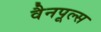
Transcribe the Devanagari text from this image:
वैनपूल्स